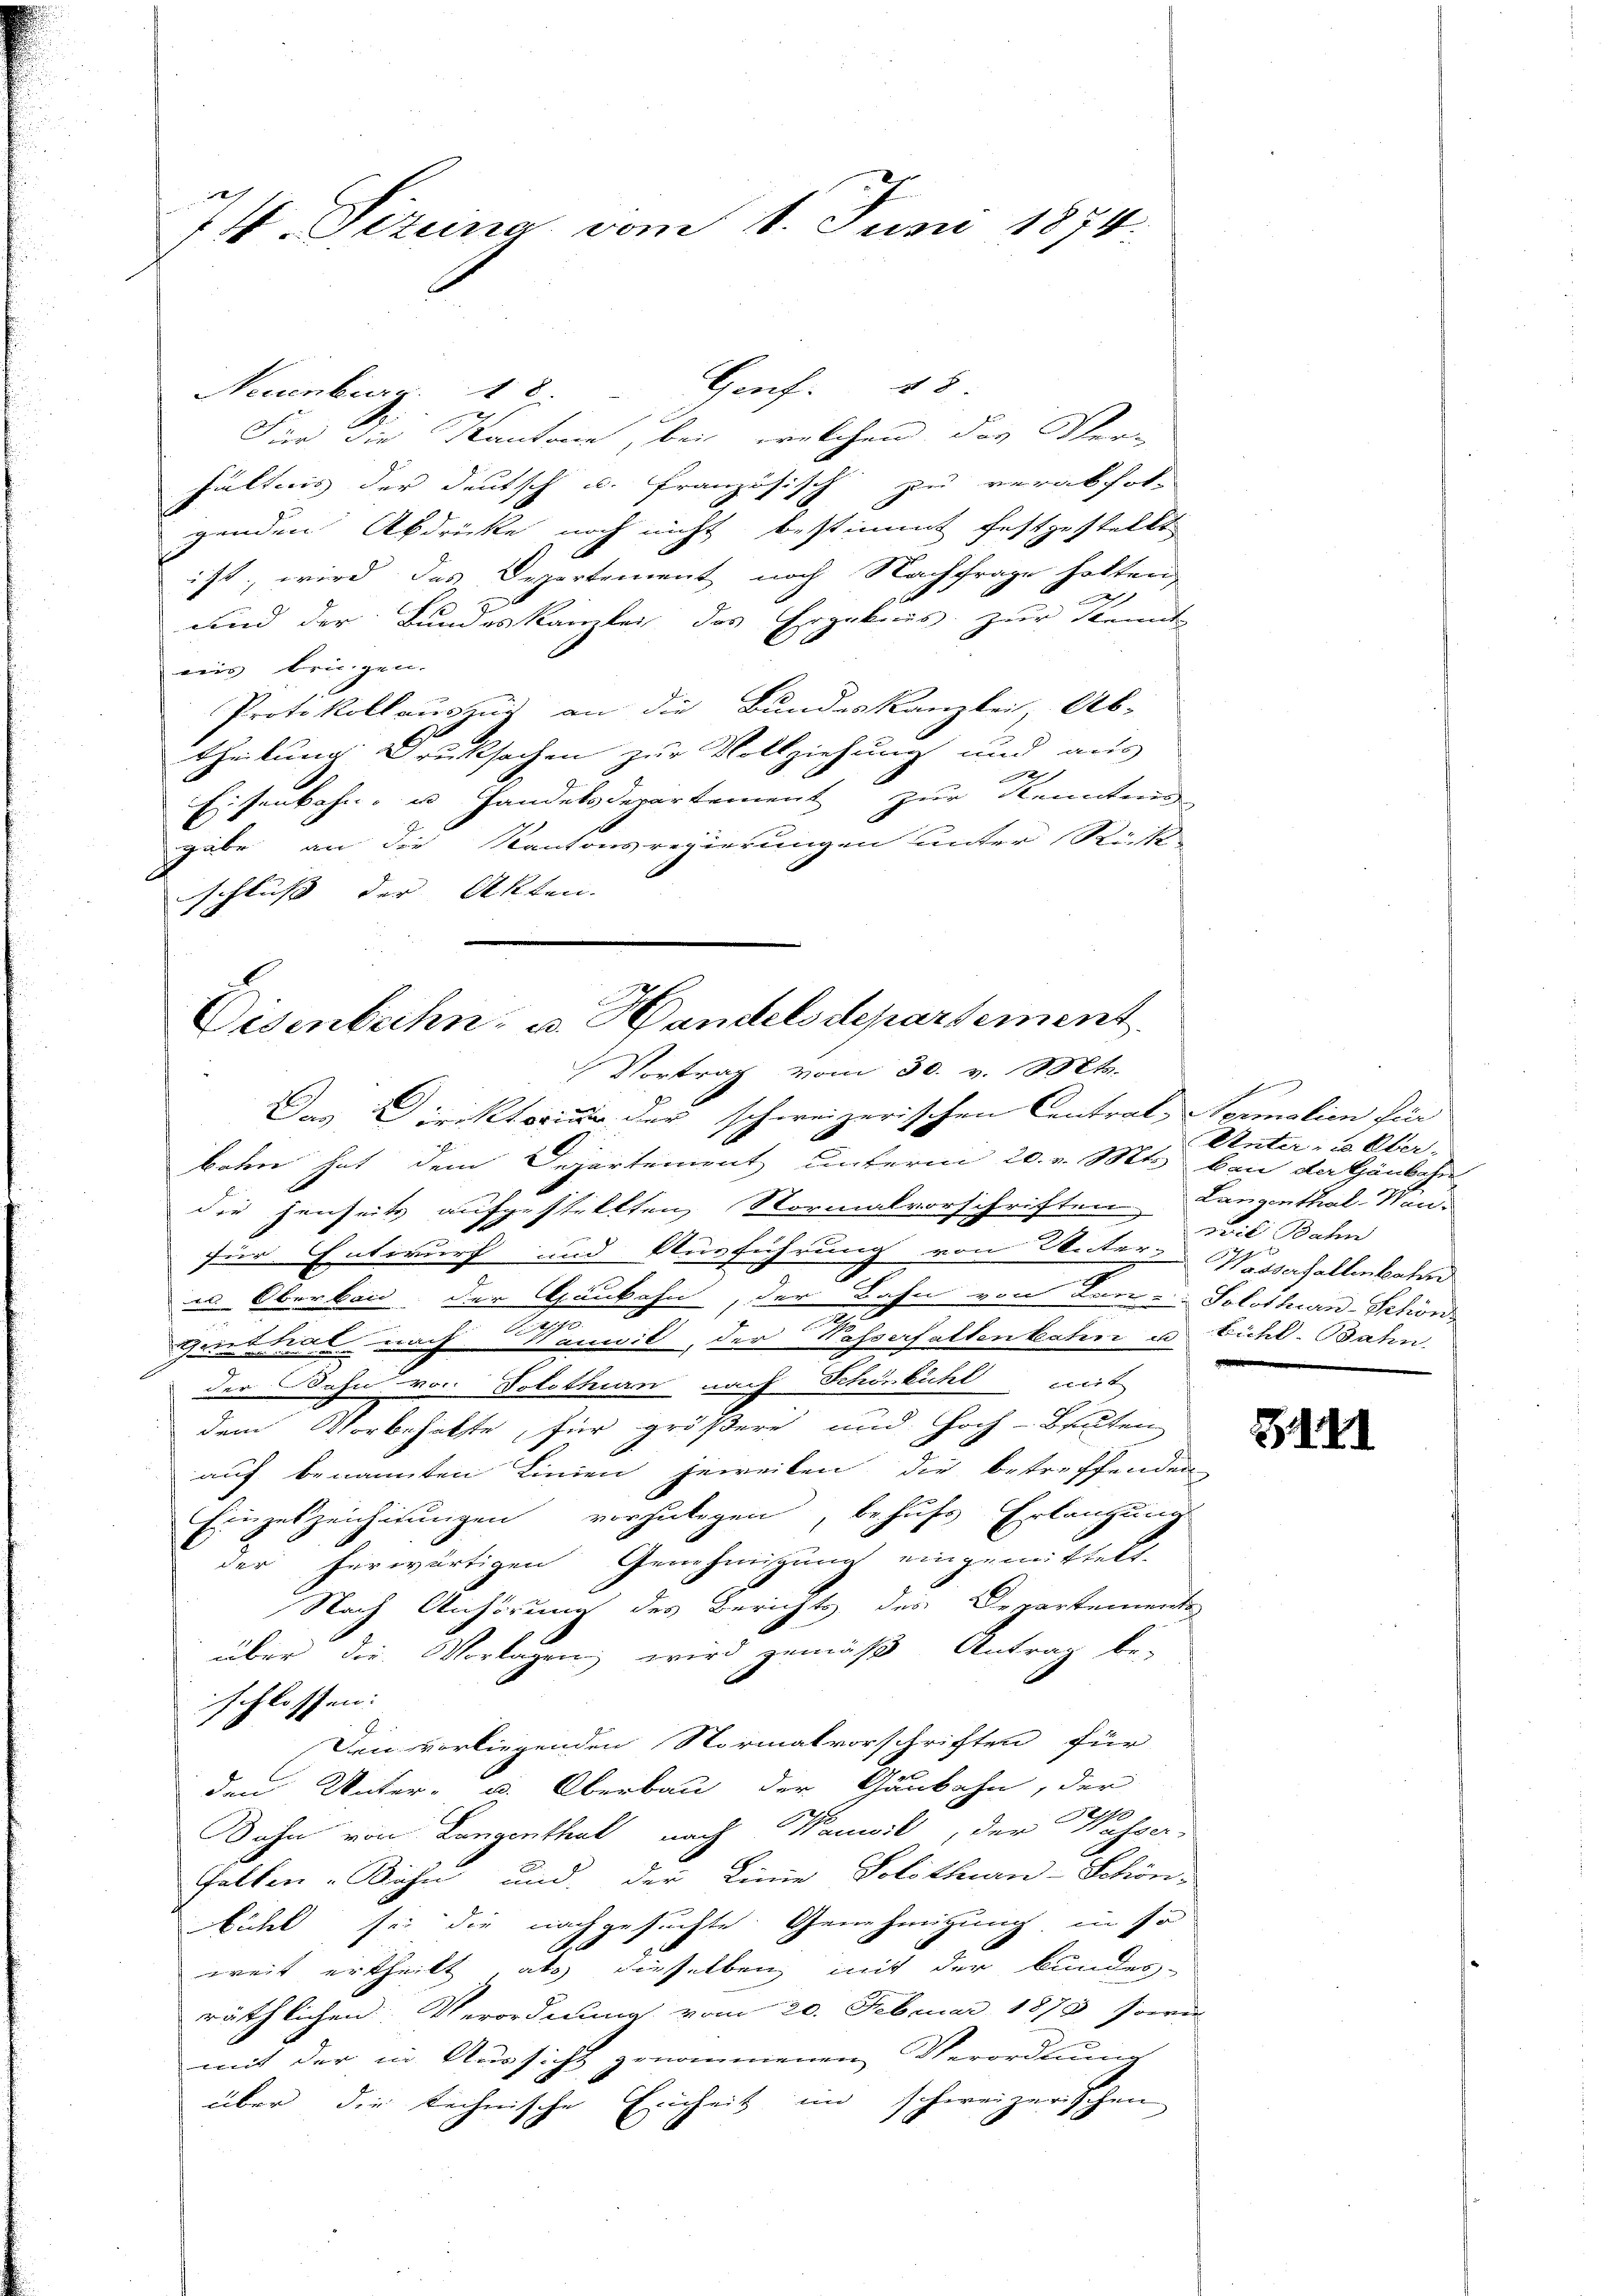
74. Sizina, vom 1. Juni 1874.

Neuenburg, 18 Genf. 58
Für die Kantone, bei welchen des Verhältnis der deutsch u. französisch zu verabfolgenden Abdrücke noch nicht bestimmt festgestellt
ist, wird das Departement noch Nachfrage hatten,
s
.
wird der Bundeskanzlei das Ergebnis zur Kennt
ains bringen.
Protokollauszug an die Bundeskanzlei, Ab-
theilung Druksachen zur Vollziehung und aus
2
Eisenbahn u Handelsdepartement zur Kenntnis
gabe an die Kantonsregierungen unter Reise
schluss der Akten. |

Eisenbahn- u. Handelsdepartement
Vortrag vom 30. v. Mts.

Das Direktorium der schweizerischen Contral-, Normalien für
boten hat dem Departement unterm 20. v. Mts. bei da Häubche
die jenseits aufgestellten, Normalvorschriften Langenthal-Wenfür Entwurf und Ausführung von Unters Wasserhaltenbahn
es Oberband, der Gaubahn, der Bahn von Lan-: Solothurn-Schöns
.
a
.
genthal nach Manwil, der Wasserfallen katen u. Bühl-Bahn
der Bahn von Solothurn nach Schönbühl mit
dem Vorbehalte, für größere und Hoch-Beuten
auf benannten Linien jeweiben die betreffenden
Einzeszeichnungen vorzulegen, behufs Erlangung
der herwärtigen Genehmigung eingemittelt.
Nach Anhörung des Berichts des Departemente
über die Vorlagen, wird gemäß Antrag be-
schlossen:
Den vorliegenden Normalvorschriften für
den Unter- u. Oberbau der Gaubahn, der
Dahn von Langenthal nach anwil, der Wasser-
Falken-Bahn und der Linie Solothurn-Schön-
bicht sei die nachgesuchte Genehmigung in so
e
weit ertheilt, als dieselben mit der bundes-
räthlichen: Verordnung vom 20. Februar 1873 sowie
mit der in Aussicht genommenen Verordnung
über die technische Einheit im schweizerischen

Unter- u. Über-
pil Bahn

III